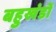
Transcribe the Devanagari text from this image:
बहुखंडों